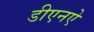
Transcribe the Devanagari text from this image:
डीएनऐ